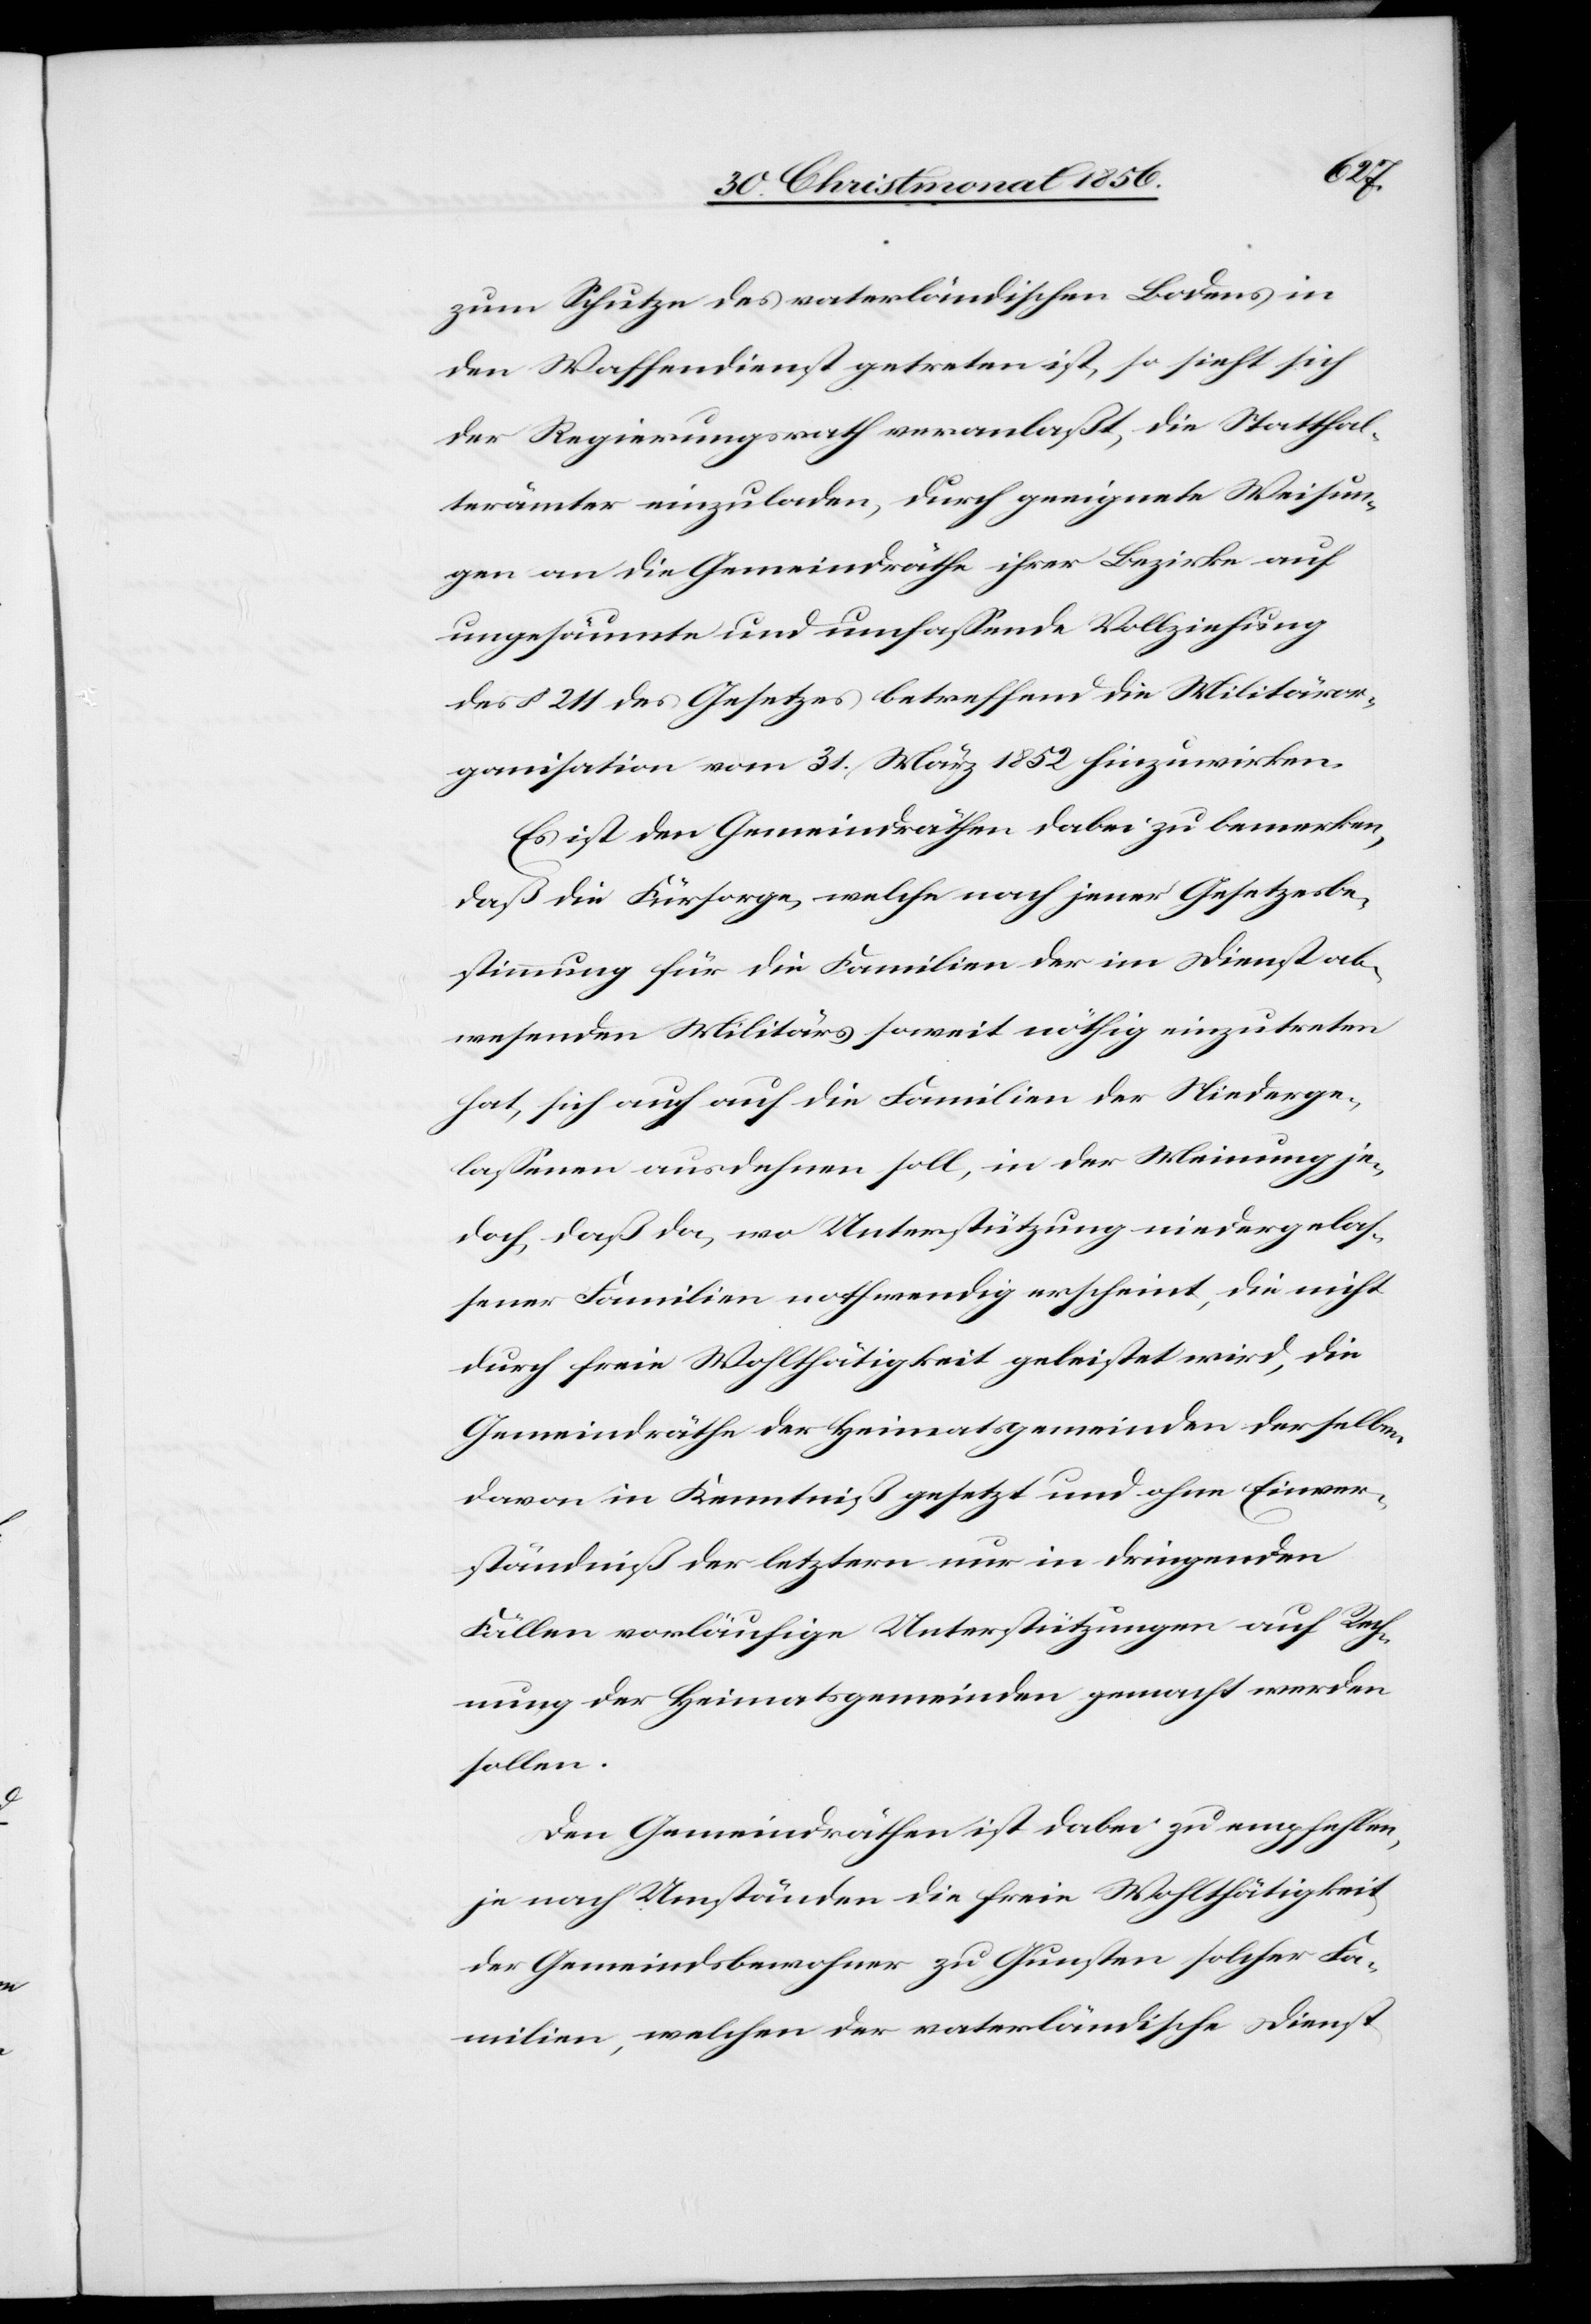
zum Schutze des vaterländischen Bodens in
den Waffendienst getreten ist, so sieht sich
der Regierungsrath veranlaßt, die Statthal¬
terämter einzuladen, durch geeignete Weisun¬
gen an die Gemeindräthe ihrer Bezirke auf
ungesäumte und umfassende Vollziehung
des § 211 des Gesetzes betreffend die Militäror¬
ganisation vom 31. März 1852 hinzuwirken.
Es ist den Gemeindräthen dabei zu bemerken,
daß die Fürsorge, welche nach jener Gesetzesbe¬
stimmung für die Familien der im Dienst ab¬
wesenden Militärs soweit nöthig einzutreten
hat, sich auch auf die Familien der Niederge¬
lassenen ausdehnen soll, in der Meinung je¬
doch, daß da, wo Unterstützung niedergelas¬
sener Familien nothwendig erscheint, die nicht
durch freie Wohlthätigkeit geleistet wird, die
Gemeindräthe der Heimatsgemeinden derselben
davon in Kenntniß gesetzt und ohne Einver¬
ständniß der letztern nur in dringenden
Fällen vorläufige Unterstützungen auf Rech¬
nung der Heimatsgemeinden gemacht werden
sollen.
Den Gemeindräthen ist dabei zu empfehlen,
je nach Umständen die freie Wohlthätigkeit
der Gemeindsbewohner zu Gunsten solcher Fa¬
milien, welchen der vaterländische Dienst